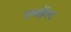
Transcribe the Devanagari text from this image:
उच्छेंल